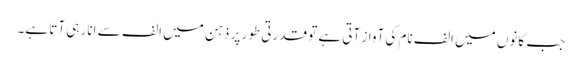
جب کانوں میں الف نام کی آواز آتی ہے تو قدرتی طور پر ذہن میں الف سے انار ہی آتا ہے۔